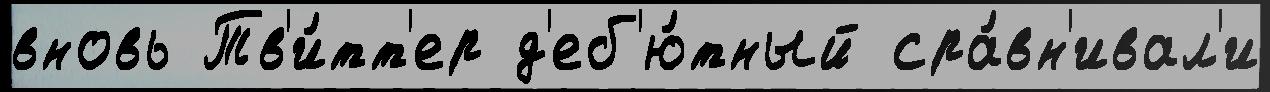
вновь Тв'и́тт'ер д'еб'ю́тный сра́вн'ивал'и